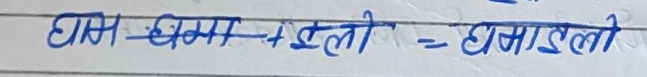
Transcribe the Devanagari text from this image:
धाम-धाम + इली = धाडिलो